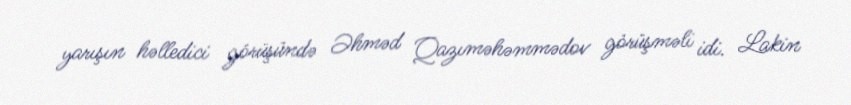
yarışın həlledici görüşündə Əhməd Qazıməhəmmədov görüşməli idi. Lakin